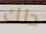
دلك